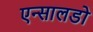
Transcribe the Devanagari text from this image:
एन्सालडो